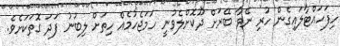
ހިފަހައްޓާލައިގެން ހުރި ނޭވާ ބޭރަށް ދޫކޮށްލެވުނީ ހަމަޖެހުމެއް ހިތަށް ލިބުނު ފަދަ ގޮތަކަށެވެ.